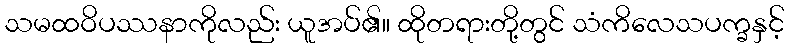
သမထဝိပဿနာကိုလည်း ယူအပ်၏။ ထိုတရားတို့တွင် သံကိလေသပက္ခနှင့်